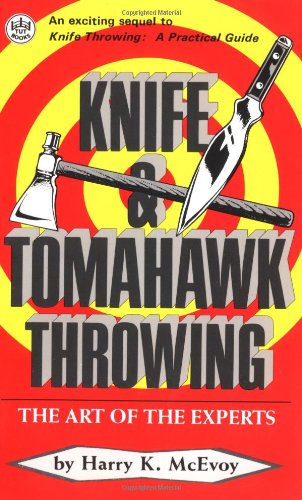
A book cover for Knife & Tomahawk Throwing: The Art of the Experts; Harry K. McEvoy; Sports & Outdoors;